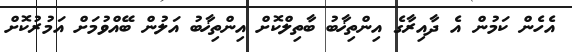
އެހެން ކަމުން އެ ދާއިރާގެ އިންތިޚާބު ބާތިލްކޮށް އިންތިޚާބު އަލުން ބޭއްވުމަށް އަމުރުކޮށް